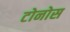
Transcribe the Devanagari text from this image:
टोनोस